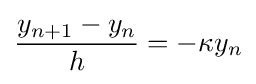
{\frac {y_{n+1}-y_{n}}{h}}=-\kappa y_{n}